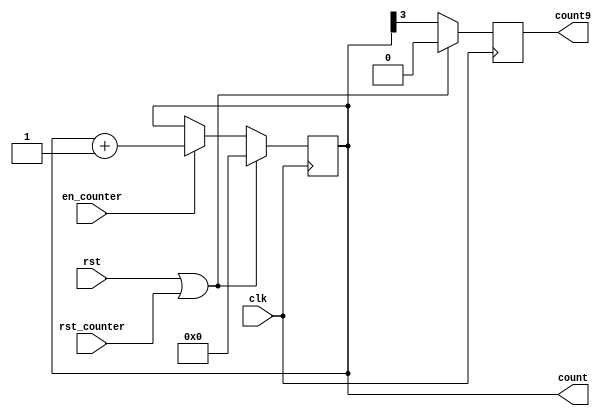
`timescale 1ns / 1ps
//////////////////////////////////////////////////////////////////////////////////

module COUNTER9M3(count,
                  count9,
                  clk,
                  rst,
                  en_counter,
                  rst_counter);
output reg[3:0] count;
output reg count9;
input clk,
      rst,
      en_counter,
      rst_counter;
always @(posedge clk)
if(rst || rst_counter)
 begin
  count<= #3 0;
  count9<= #3 0;
 end
else if(en_counter)
 begin
  count<= #3 count+1;
  count9<= #3 count[3];
 end 
else 
 begin
  count<= #3 count;
  count9<= #3 count[3];
 end                            
endmodule